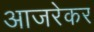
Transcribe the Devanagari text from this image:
आजरेकर